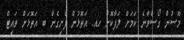
މޫސުން ގޯސްވާނެ ކަމަށް ލަފާކޮށް ހއ. އަތޮޅުން ފެށިގެން ބ އަތޮޅަށް ވައިޓް